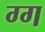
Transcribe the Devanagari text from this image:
ग्ग